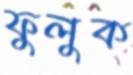
ফুলুক